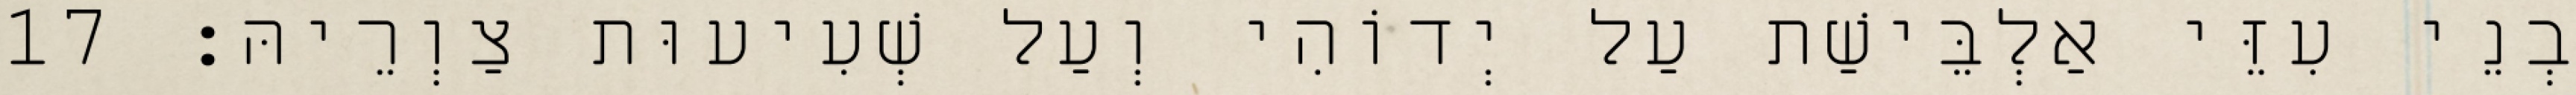
בְנֵי עִזֵּי אַלְבֵּישַׁת עַל יְדוֹהִי וְעַל שְׁעִיעוּת צַוְרֵיהּ׃ 17